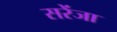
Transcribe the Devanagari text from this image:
सरेंजा